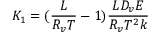
K _ { 1 } = ( \frac { L } { R _ { v } T } - 1 ) \frac { L D _ { v } E } { R _ { v } T ^ { 2 } k }